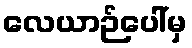
လေယာဉ်ပေါ်မှ